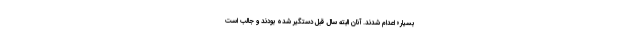
بسیار» اعدام شدند. آنان البته سال قبل دستگیر شده بودند و جالب است